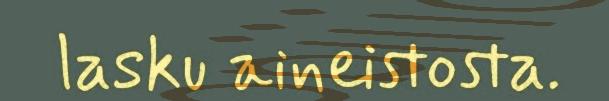
lasku aineistosta.